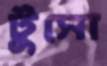
টুসো